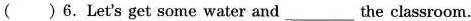
( )6.Let's get some water and___the classroom.